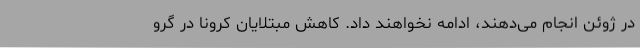
در ژوئن انجام می‌دهند، ادامه نخواهند داد. کاهش مبتلایان کرونا در گرو